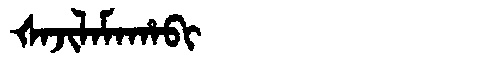
Manchu: ᡧᠠᠵᡳᠯᠠᠮᠠᡥᠠᠪᡳ
Romanization: ŠAJILAMAHABI